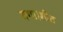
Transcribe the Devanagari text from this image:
गया।शीत